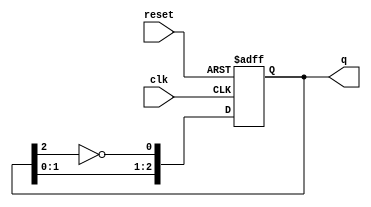
module johnson_counter #(parameter N = 3) (
    input wire clk,          // Clock input
    input wire reset,        // Asynchronous reset
    output reg [N-1:0] q     // Output state
);

    // Initial state
    initial begin
        q = 0;
    end

    // Always block triggered on the rising edge of the clock or reset
    always @(posedge clk or posedge reset) begin
        if (reset) begin
            q <= 0; // Reset the counter to 0
        end else begin
            // Shift the states and feedback the inverted last flip-flop output
            q <= {q[N-2:0], ~q[N-1]};
        end
    end

endmodule